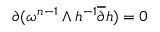
{ \partial } ( \omega ^ { n - 1 } \wedge h ^ { - 1 } \overline { { { \partial } } } h ) = 0